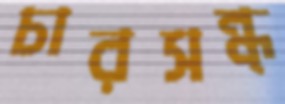
চারসন্ধ্